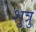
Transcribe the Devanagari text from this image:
शुत्रु